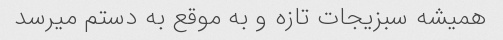
همیشه سبزیجات تازه و به موقع به دستم میرسد